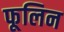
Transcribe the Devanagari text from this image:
फूलिन